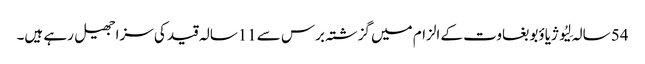
54 سالہ لِیُو ژیاؤبو بغاوت کے الزام میں گزشتہ برس سے11سالہ قید کی سزا جھیل رہے ہیں۔